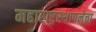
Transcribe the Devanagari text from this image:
महाराष्ट्रस्थापनेचा